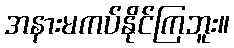
အနားမကပ်နိုင်ကြဘူး။